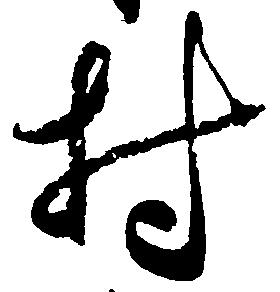
村